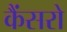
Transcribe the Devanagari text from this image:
कैंसरो